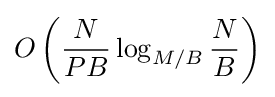
O\left({\frac {N}{PB}}\log _{M/B}{\frac {N}{B}}\right)